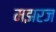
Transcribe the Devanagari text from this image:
मझरज